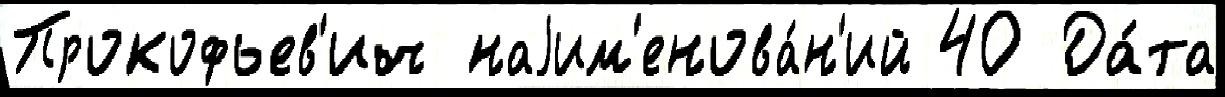
Прокофьев'ич наjим'енова́н'ий 40 Да́та